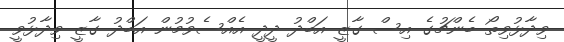
ވިދާޅުވިތޯ ބެންޗުގެ އިސް ގާޒީ އަބްދު ދީދީ އެއްސެވުމުން އަބްދު ގާޒީ ވިދާޅުވީ